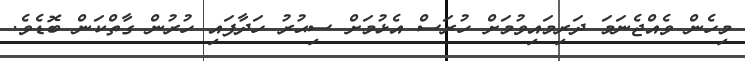
މިހެން ވެއްޖެނަމަ ދަރިމައިވުމަށް ހުރަސް އެޅުމަށް ސިޙުރު ހަދާފައި ހުރުން ގާތްކަން ބޮޑެވެ.